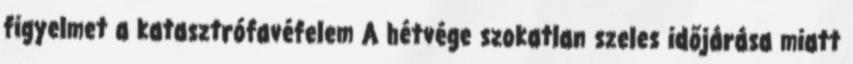
figyelmet a katasztrófavéfelem A hétvége szokatlan szeles időjárása miatt